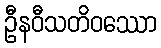
ဦနဝီသတိဝဿော